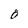
Character: O